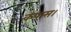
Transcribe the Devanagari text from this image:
कपास।